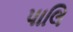
પાલિ